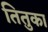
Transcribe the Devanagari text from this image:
तितुका